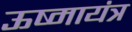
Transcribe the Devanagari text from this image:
ऊष्मायंत्र